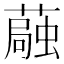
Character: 𫉴